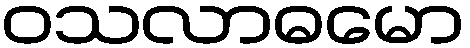
ဝသလာဓမော